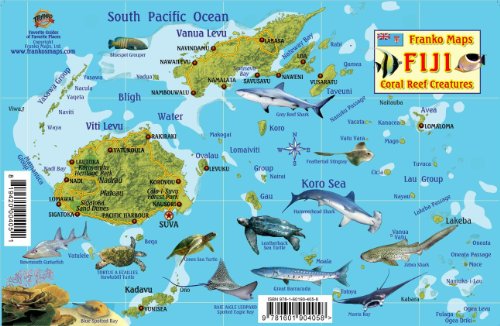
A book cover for Fiji Map & Reef Creatures Guide Franko Maps Laminated Fish Card; Franko Maps Ltd.; Travel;